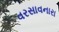
વરસાવનારા